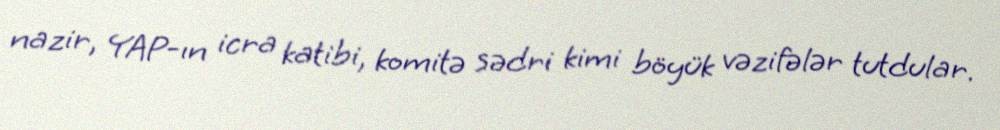
nazir, YAP-ın icra katibi, komitə sədri kimi böyük vəzifələr tutdular.